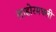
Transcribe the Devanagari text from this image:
लाहोरमधली